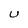
Character: u